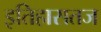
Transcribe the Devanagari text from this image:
इतिहासतज